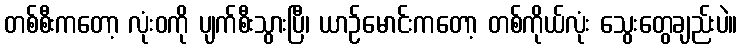
တစ်စီးကတော့ လုံးဝကို ပျက်စီးသွားပြီ၊ ယာဉ်မောင်းကတော့ တစ်ကိုယ်လုံး သွေးတွေချည်းပဲ။